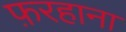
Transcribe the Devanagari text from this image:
फ़रहाना